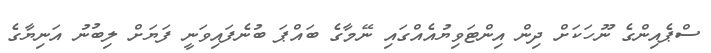
ސްޕެއިންގެ ނޫހަކަށް ދިން އިންޓަވިޔުއެއްގައި ނޭމާގެ ބައްޕަ ބުނެފައިވަނީ ފަޔަށް ލިބުނު އަނިޔާގެ